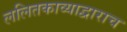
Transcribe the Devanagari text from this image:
ललितकाव्याद्वाराच